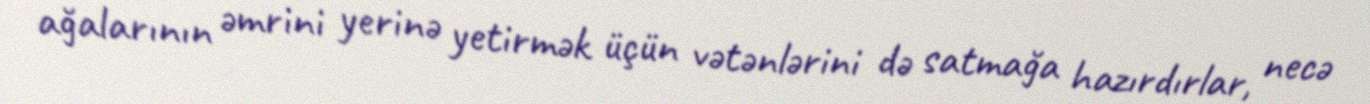
ağalarının əmrini yerinə yetirmək üçün vətənlərini də satmağa hazırdırlar, necə